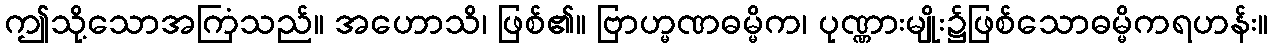
ဤသို့သောအကြံသည်။ အဟောသိ၊ ဖြစ်၏။ ဗြာဟ္မဏဓမ္မိက၊ ပုဏ္ဏားမျိုး၌ဖြစ်သောဓမ္မိကရဟန်း။